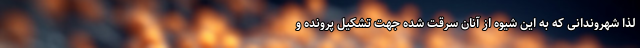
لذا شهروندانی که به این شیوه از آنان سرقت شده جهت تشکیل پرونده و